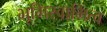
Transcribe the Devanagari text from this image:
भूमिस्वामित्व